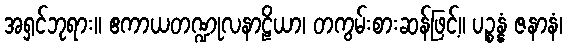
အရှင်ဘုရား။ ဧကာယတဏ္ဍုလနာဠိယာ၊ တကွမ်းစားဆန်ဖြင့်။ ပဉ္စန္နံ ဇနာနံ၊